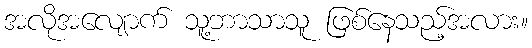
အလိုအလျောက် သူ့ဘာသာသူ ဖြစ်နေသည့်အလား။